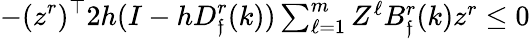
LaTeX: -(z^{r})^{\top}2h(I-hD_{\mathfrak{f}}^{r}(k))\textstyle\sum_{\ell=1}^{m}Z^{\ell}B_{\mathfrak{f}}^{r}(k)z^{r}\leq0